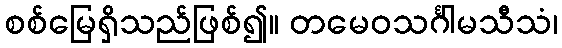
စစ်မြေရှိသည်ဖြစ်၍။ တမေဝသင်္ဂါမသီသံ၊